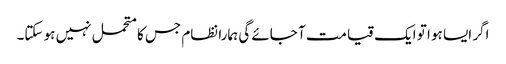
اگر ایسا ہو ا تو ایک قیامت آ جائے گی ہمارا نظام جس کامتحمل نہیں ہو سکتا۔